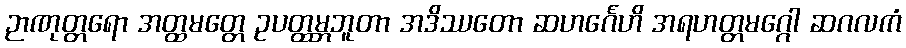
ဉာဏုတ္တရော အတ္ထမတ္တေ ဥပတ္ထမ္ဘဘူတာ အဒိဿတော ဆဟင်္ဂေဟိ အရဟတ္တမဂ္ဂေါ ဆဂလကံ